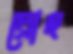
দ্রোহ